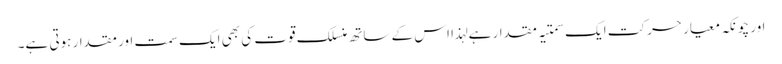
اور چونکہ معیار حرکت ایک سمتیہ مقدار ہے لہذا اس کے ساتھ منسلک قوت کی بھی ایک سمت اور مقدار ہوتی ہے۔